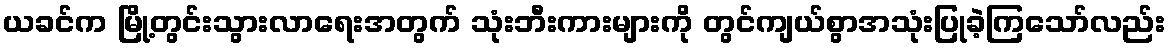
ယခင်က မြို့တွင်းသွားလာရေးအတွက် သုံးဘီးကားများကို တွင်ကျယ်စွာအသုံးပြုခဲ့ကြသော်လည်း